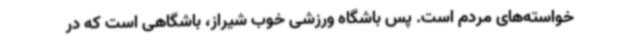
خواسته‌های مردم است. پس باشگاه ورزشی خوب شیراز، باشگاهی است که در